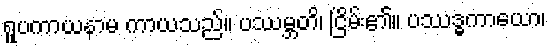
ရူပကာယနာမ ကာယသည်။ ပဿမ္ဘတိ၊ ငြိမ်း၏။ ပဿဒ္ဓကာယော၊